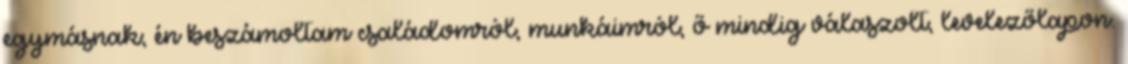
egymásnak; én beszámoltam családomról, munkáimról, ő mindig válaszolt, levelezőlapon.